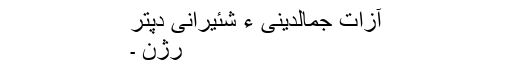
آزات جمالدینی ءِ شئیرانی دپتر
رُژن ۔